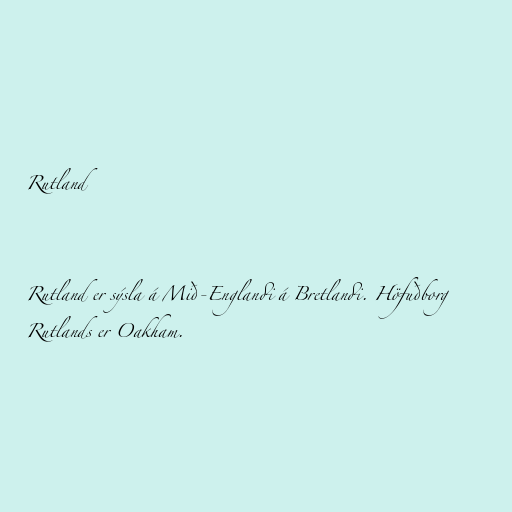
Rutland

Rutland er sýsla á Mið-Englandi á Bretlandi. Höfuðborg
Rutlands er Oakham.